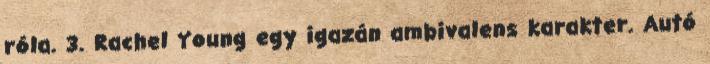
róla. 3. Rachel Young egy igazán ambivalens karakter. Autó